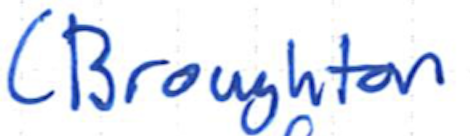
Text: (Broughton
Cross-out: clean
Writing tool: ballpoint